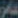
عامر